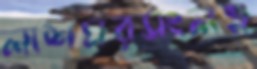
লাশঘরসংলগ্ন